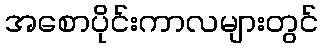
အစောပိုင်းကာလများတွင်